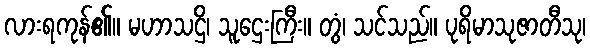
လားရကုန်၏။ မဟာသဌိ၊ သူဌေးကြီး။ တွံ၊ သင်သည်။ ပုရိမာသုဇာတီသု၊